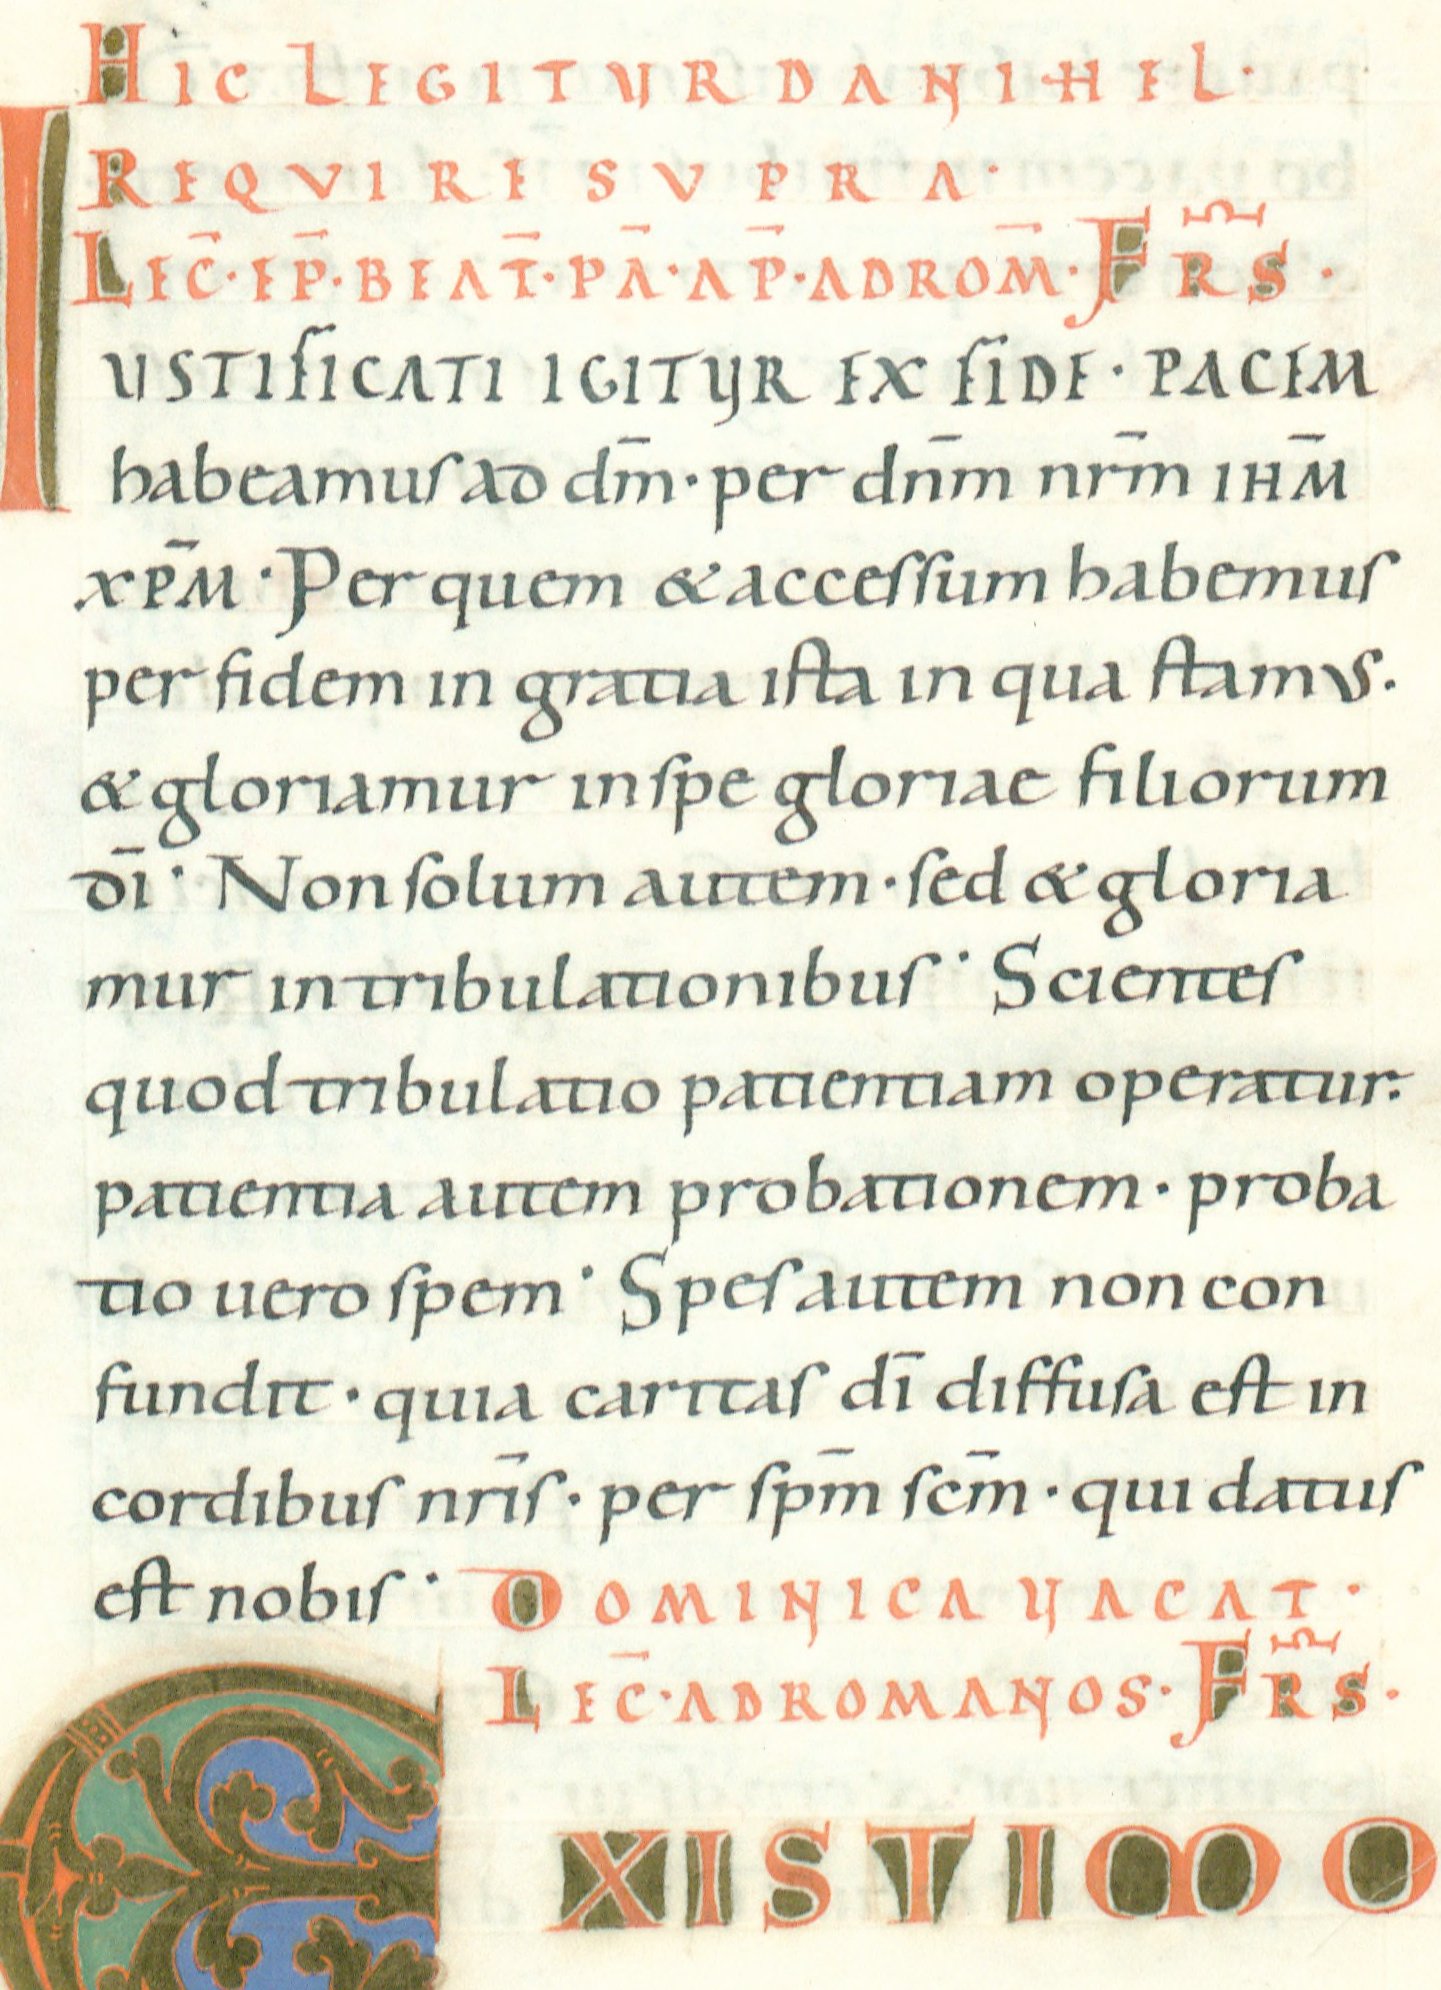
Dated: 1022–1036